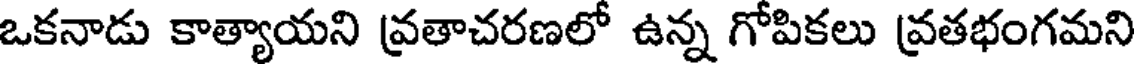
ఒకనాడు కాత్యాయని వ్రతాచరణలో ఉన్న గోపికలు వ్రతభంగమని